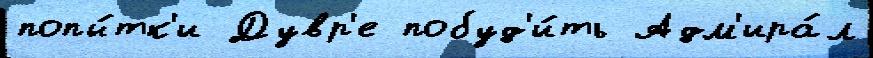
попы́тк'и Дувр'е побуд'и́ть Адм'ира́л